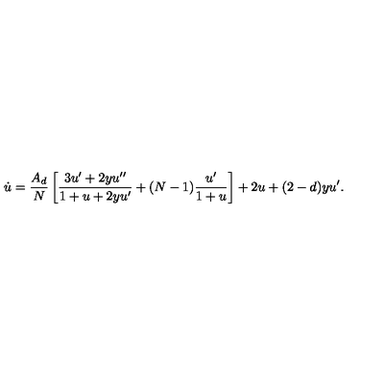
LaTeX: \dot { u } = \frac { A _ { d } } { N } \left[ \frac { 3 u ^ { \prime } + 2 y u ^ { \prime \prime } } { 1 + u + 2 y u ^ { \prime } } + ( N - 1 ) \frac { u ^ { \prime } } { 1 + u } \right] + 2 u + ( 2 - d ) y u ^ { \prime } .